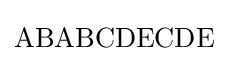
\mathrm {ABABCDECDE}